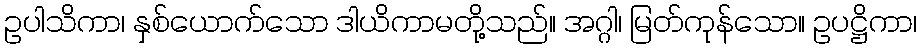
ဥပါသိကာ၊ နှစ်ယောက်သော ဒါယိကာမတို့သည်။ အဂ္ဂါ၊ မြတ်ကုန်သော။ ဥပဋ္ဌိကာ၊